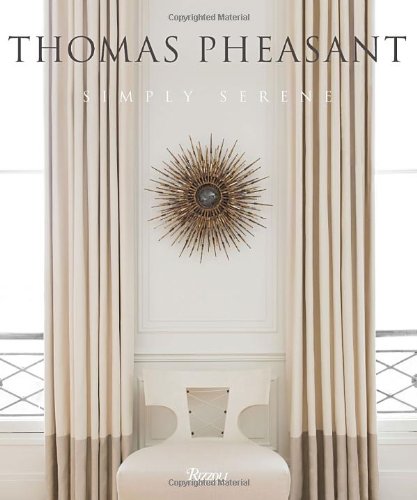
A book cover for Thomas Pheasant: Simply Serene; Thomas Pheasant; Arts & Photography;